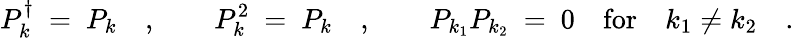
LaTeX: P_{k}^{\dagger}\ =\ P_{k}\quad,\qquad P_{k}^{2}\ =\ P_{k}\quad,\qquad P_{k_{1}}P_{k_{2}}\ =\ 0\quad\textrm{for}\quad k_{1}\neq k_{2}\quad.